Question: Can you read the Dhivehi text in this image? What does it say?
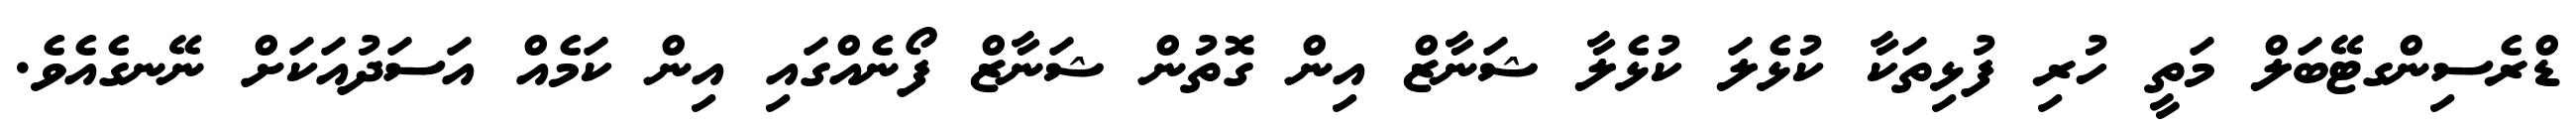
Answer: ޑްރެސިންގޓޭބަލް މަތީ ހުރި ފުޅިތަކާ ކުޅެލަ ކުޅެލާ ޝަނާޒް އިން ގޮތުން ޝަނާޒް ފޯނެއްގައި އިން ކަމެއް އަސަދުއަކަށް ނޭނގެއެވެ.